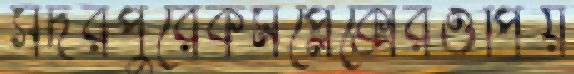
সদরপুরেকমপ্লেক্সেরওপিয়